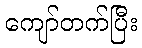
ကျော်တက်ပြီး